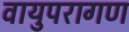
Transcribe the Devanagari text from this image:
वायुपरागण